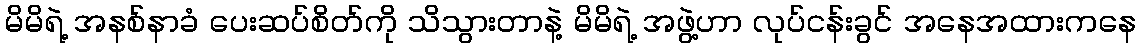
မိမိရဲ့ အနစ်နာခံ ပေးဆပ်စိတ်ကို သိသွားတာနဲ့ မိမိရဲ့ အဖွဲ့ဟာ လုပ်ငန်းခွင် အနေအထားကနေ